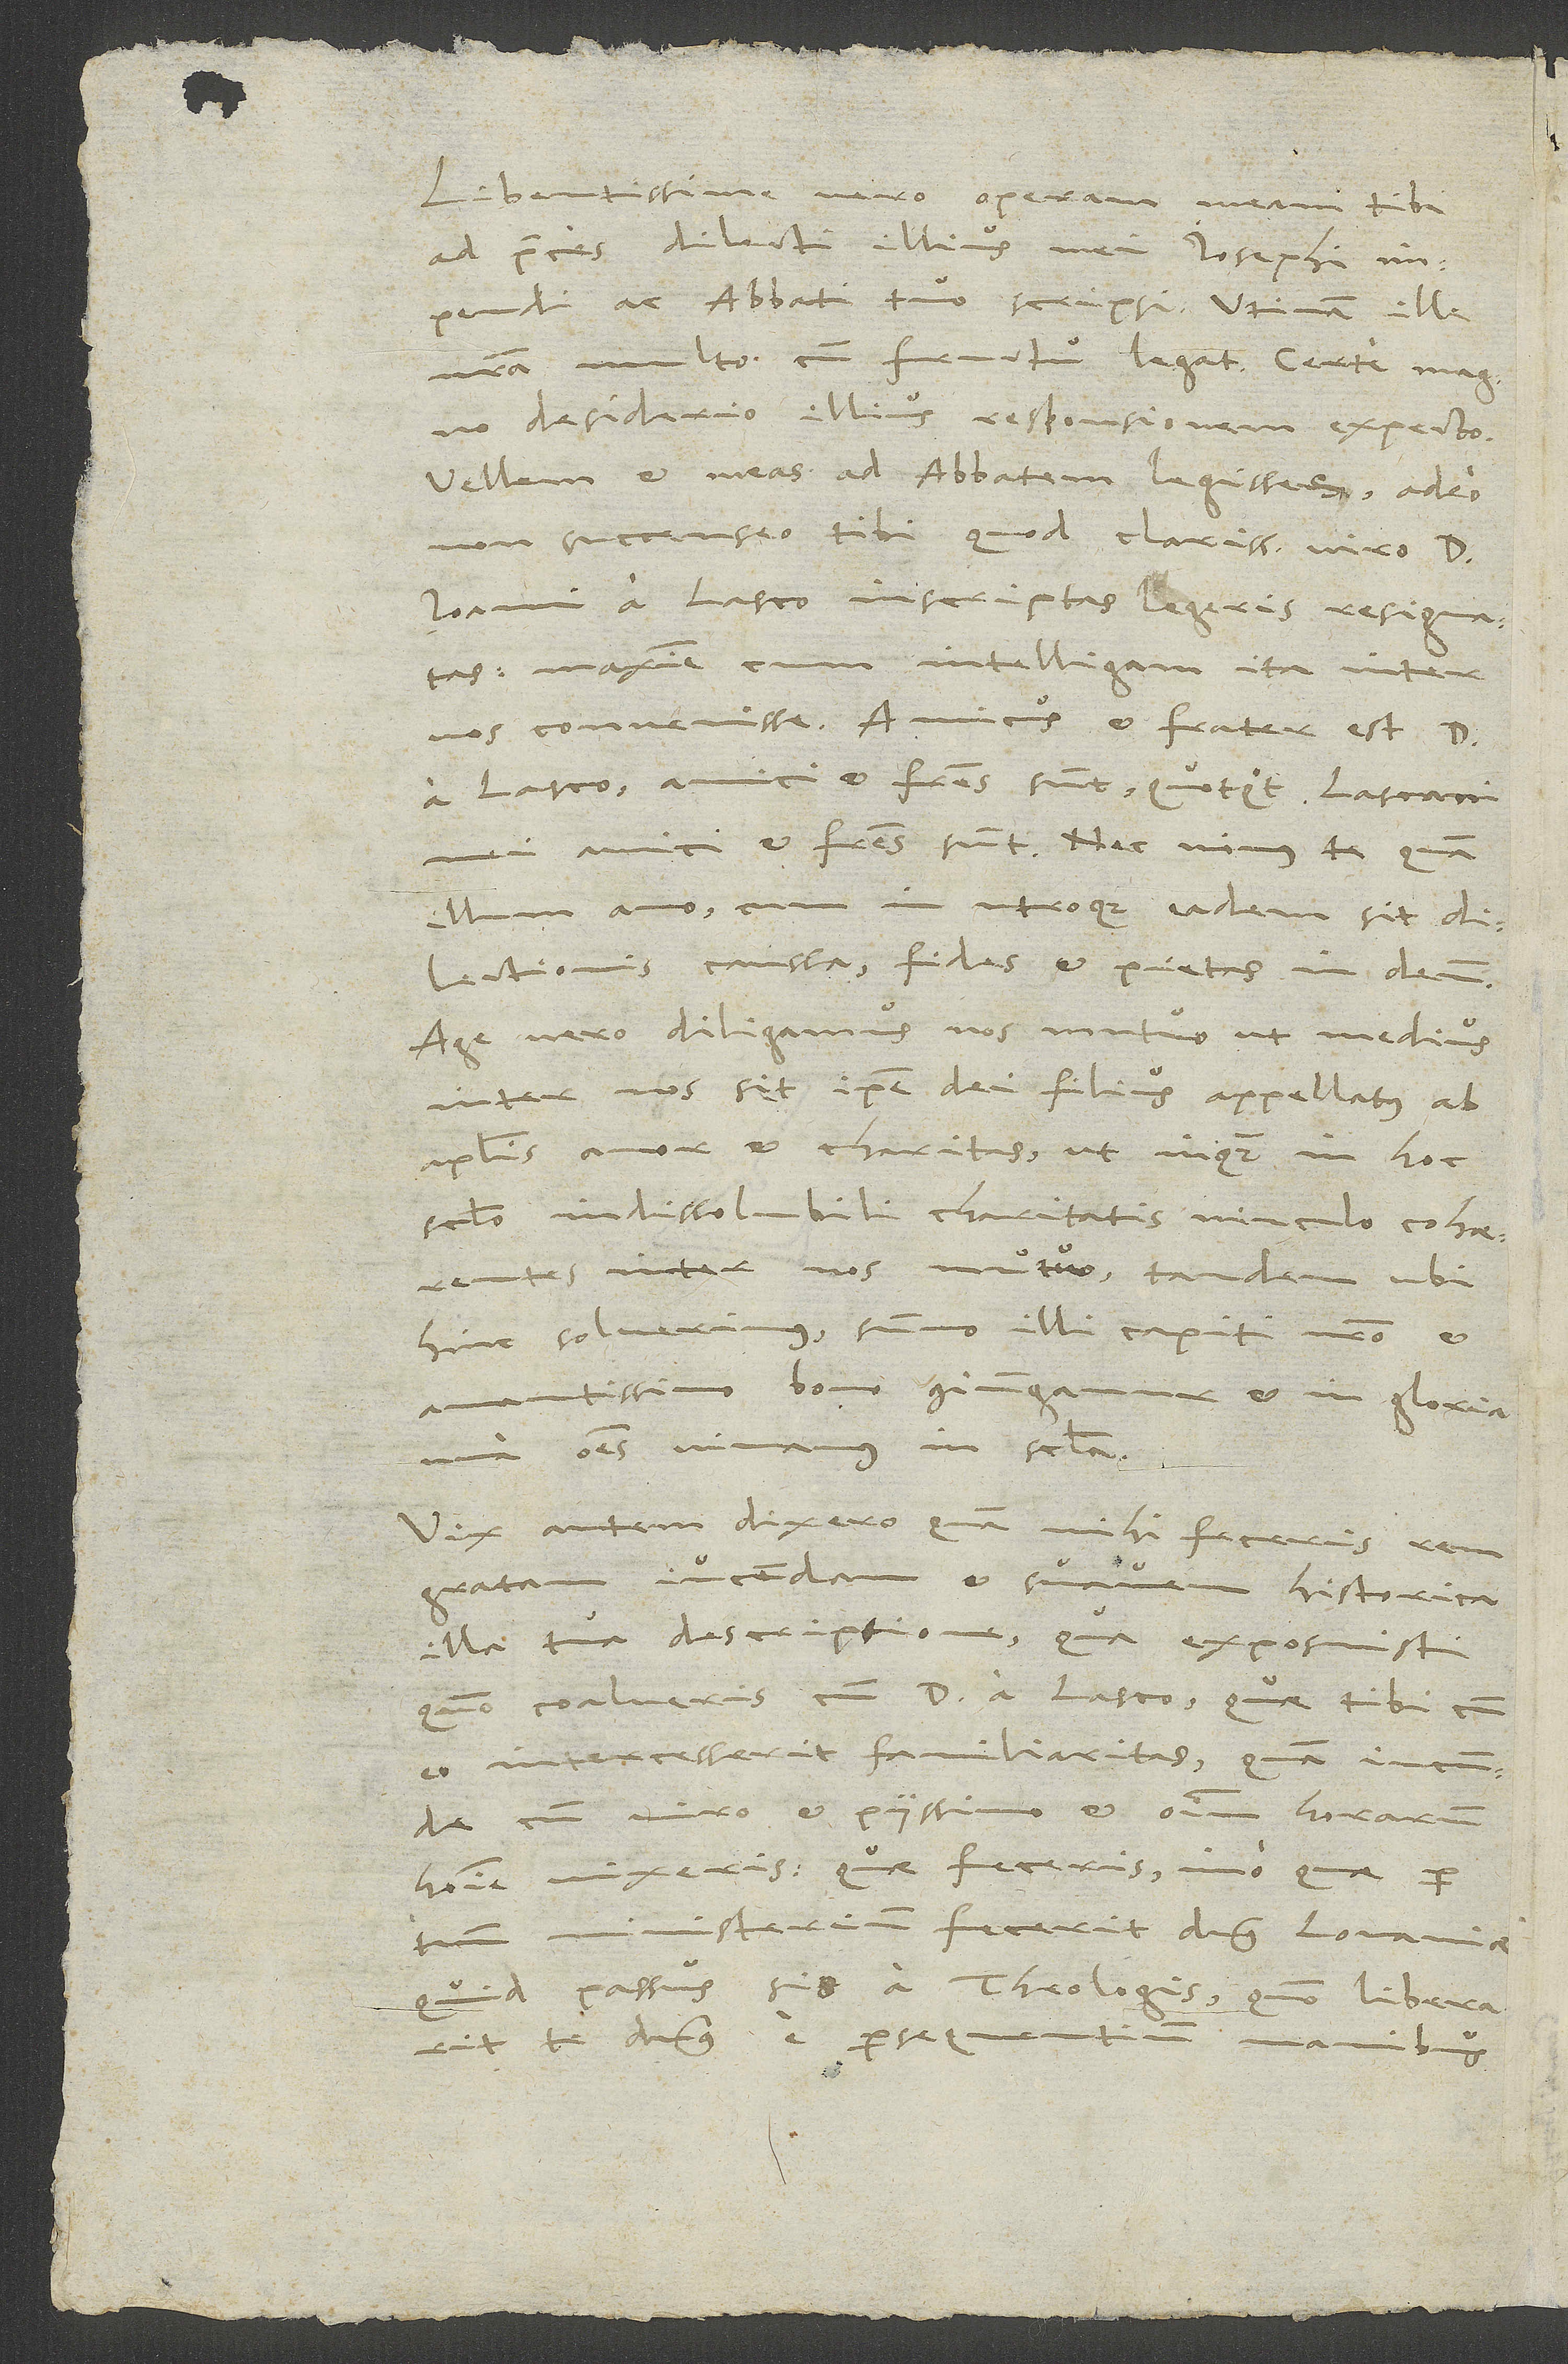
Libentissime vero operam meam tibi
ad praeces dilecti illius mei Iosephi
impendi ac abbati tuo scripsi. Utinam ille
nostra multo cum fructu legat! Certe magno
desiderio illius responsionem expecto.
Vellem et meas ad abbatem legisses, adeo
non succenseo tibi, quod clarissimo viro d.
Ioanni a Lasco inscriptas legeris resignatas,
maxime cum intelligam ita inter
vos convenisse. Amicus et frater est d.
a Lasco; amici et fratres sunt, quotquot Lascani
mei amici et fratres sunt. Nec minus te quam
illum amo, cum in utroque eadem sit
dilectionis caussa, fides et pietas in deum.
Age vero, diligamus nos mutuo, ut medius
inter nos sit ipse dei filius, appellatus ab
apostolis amor et charitas ut, inquam, in hoc
saeculo indissolubili charitatis vinculo cohaerente
inter nos mutuo. Tandem ubi
hinc solverimus, summo illi capiti nostro et
amantissimo bono coniungamur et in gloria
una omnes vivamus in saecula.
Vix autem dixero, quam mihi feceris rem
gratam, iucundam et suavem historica
illa tua descriptione, qua exposuisti,
quomodo coalueris cum d. a Lasco, quae tibi cum
eo intercesserit familiaritas, quam iucunde
cum viro et piissimo et omnium horarum
homine vixeris; quae feceris, imo quae per
tuum ministerium fecerit dominus Lovaniae,
quid passus sis a theologis, quomodo liberarit
te dominus e persequentium manibus